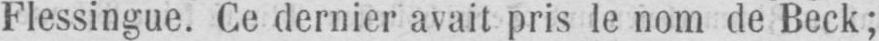
Flessingue. Ce dernier avait pris le nom de Beck;